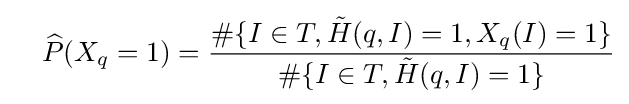
\quad {\widehat {P}}(X_{q}=1)={\frac {\#\{I\in T,{\tilde {H}}(q,I)=1,X_{q}(I)=1\}}{\#\{I\in T,{\tilde {H}}(q,I)=1\}}}